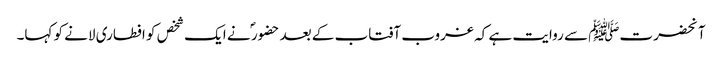
آنحضرتﷺ سے روایت ہے کہ غروب آفتاب کے بعد حضور ؐ نے ایک شخص کو افطاری لانے کو کہا۔